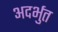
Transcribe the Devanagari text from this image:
अदर्भुत